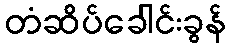
တံဆိပ်ခေါင်းခွန်